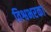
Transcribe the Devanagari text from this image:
विश्वभरका